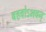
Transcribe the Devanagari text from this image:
बहवोऽभवन्